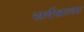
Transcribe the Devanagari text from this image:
सर्वेश्रावा